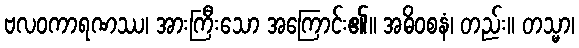
ဗလဝကာရဏဿ၊ အားကြီးသော အကြောင်း၏။ အဓိဝစနံ၊ တည်း။ တသ္မာ၊